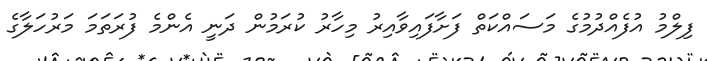
ފިލްމު އުފެއްދުމުގެ މަސައްކަތް ފަށާފައިވާއިރު މިހާރު ކުރަމުން ދަނީ އެންމެ ފުރަތަމަ މަރުހަލާގެ